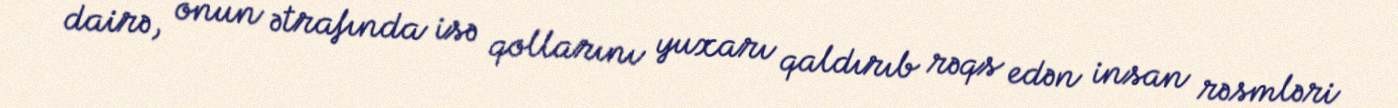
dairə, onun ətrafında isə qollarını yuxarı qaldırıb rəqs edən insan rəsmləri